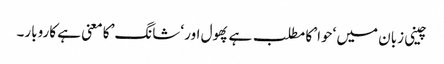
چینی زبان میں ‘حوا’ کا مطلب ہے پھول اور ‘شانگ’ کا معنی ہے کاروبار۔